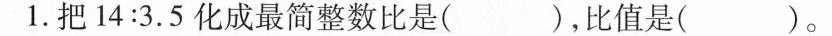
1. 把14:3.5化成最简整数比是( )，比值是()